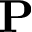
\mathbf { P }